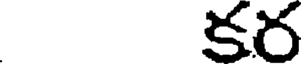
కర